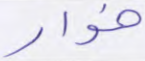
خوار